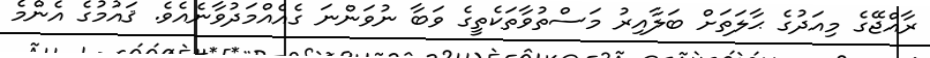
ރާއްޖޭގެ މިއަދުގެ ޙާލަތަށް ބަލާއިރު މަސްތުވާތަކެތީގެ ވަބާ ނުވަންނަ ގެއެއްމަދުވާނެއެވެ. ޤައުމުގެ އެންމެ